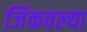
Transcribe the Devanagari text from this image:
जिंकवल्या